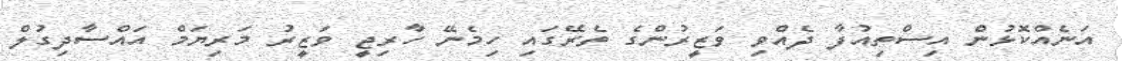
އަނެއްކޮޅުން އިސްތިއުފާ ދެއްވި ވަޒީރުންގެ ތެރޭގައި ހިމެނޭ ހާރިޖީ ވަޒީރު މަރިޔަމް އައްސާދިގުލް